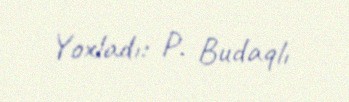
Yoxladı: P. Budaqlı